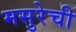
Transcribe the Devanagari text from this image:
मसुरेची